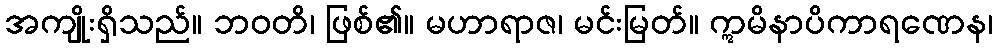
အကျိုးရှိသည်။ ဘဝတိ၊ ဖြစ်၏။ မဟာရာဇ၊ မင်းမြတ်။ ဣမိနာပိကာရဏေန၊